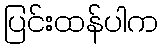
ပြင်းထန်ပါက